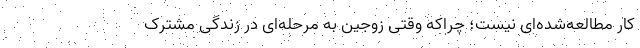
کار مطالعه‌شده‌ای نیست؛ چراکه وقتی زوجین به مرحله‌ای در زندگی مشترک